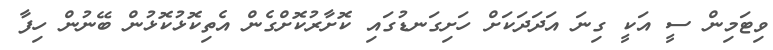
ވިޓަމިން ސީ އަކީ ގިނަ އަދަދަކަށް ހަށިގަނޑުގައި ކޮށާރުކޮށްގެން އެތިކޮޅުކޮޅުން ބޭނުން ހިފާ